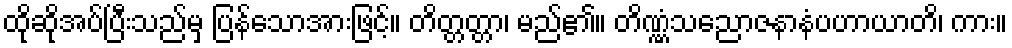
ထိုဆိုအပ်ပြီးသည်မှ ပြန်သောအားဖြင့်။ တိတ္တတ္တာ၊ မည်၏။ တိဏ္ဏံသညောဇနာနံပဟာယာတိ၊ ကား။